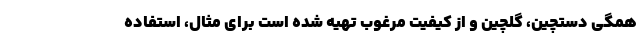
همگی دستچین، گلچین و از کیفیت مرغوب تهیه شده است برای مثال، استفاده